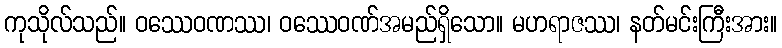
ကုသိုလ်သည်။ ဝဿေဝဏဿ၊ ဝဿေဝဏ်အမည်ရှိသော။ မဟရာဇဿ၊ နတ်မင်းကြီးအား။